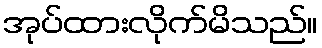
အုပ်ထားလိုက်မိသည်။